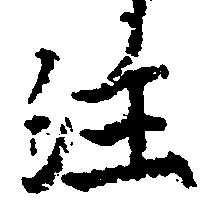
注